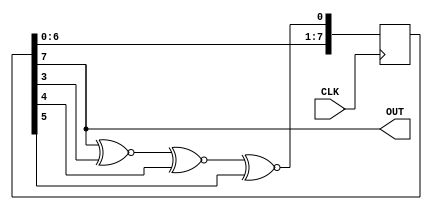
`timescale 1ns / 1ps
//////////////////////////////////////////////////////////////////////////////////
// Company: 
// Engineer: 
// 
// Design Name: 
// Module Name:    lfsr_4tap 
// Project Name: 
// Target Devices: 
// Tool versions: 
// Description: 
//
// Dependencies: 
//
// Revision: 
// Revision 0.01 - File Created
// Additional Comments: 
//
//////////////////////////////////////////////////////////////////////////////////
module lfsr_4tap #(
	parameter N = 8,
	parameter FB_tap1 = 4,
	parameter FB_tap2 = 5,
	parameter FB_tap3 = 6
)(
	input CLK,
	output OUT
);

reg [N:1] lfsr;
wire feedback;

initial begin
	lfsr = 0;
end

assign feedback = lfsr[N] ~^ lfsr[FB_tap1] ~^ lfsr[FB_tap2] ~^ lfsr[FB_tap3];
assign OUT = lfsr[N];

always @(posedge CLK)
begin
	lfsr <= {lfsr[N-1:1],feedback};
end

endmodule